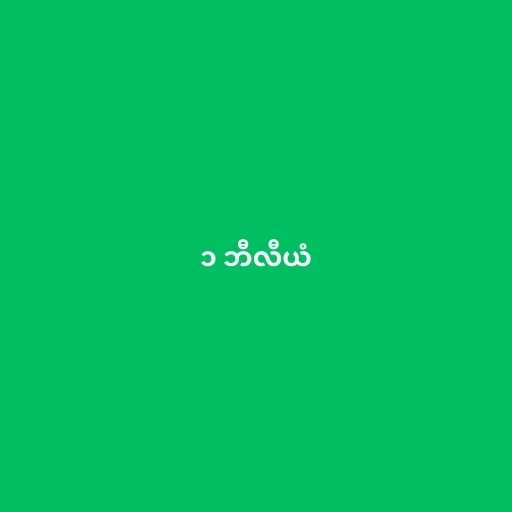
၁ ဘီလီယံ